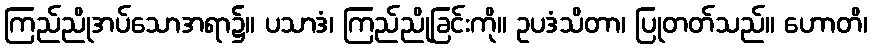
ကြည်ညိုအပ်သောအရာ၌။ ပသာဒံ၊ ကြည်ညိုခြင်းကို။ ဥပဒံသိတာ၊ ပြုတတ်သည်။ ဟောတိ၊